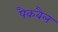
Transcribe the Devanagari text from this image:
पैकबैल